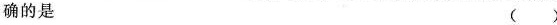
确的是 ( )